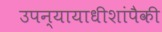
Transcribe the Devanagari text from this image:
उपन्यायाधीशांपैकी